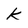
Character: k